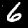
Label: 6